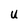
Character: u